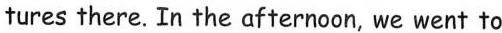
tures there. In the afternoon, we went to